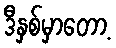
ဒီနှစ်မှာတော့